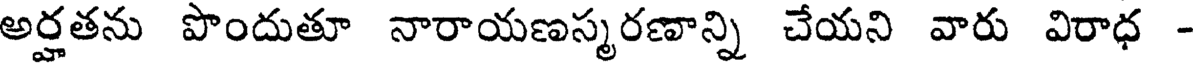
అర్హతను పొందుతూ నారాయణస్మరణాన్ని చేయని వారు విరాధ -